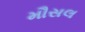
મૌસલ